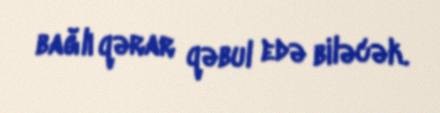
bağlı qərar qəbul edə biləcək.